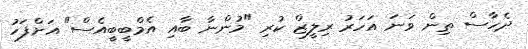
ދެހާސް ތިން ވަނަ އަހަރު ރިލީޒް ކުރި "މުންނާ ބާއި އެމްބީބީއެސް" އަށްފަހު